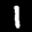
Label: 1